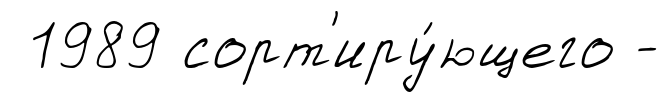
1989 сорт'иру́ющего -